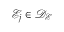
\mathcal { E } _ { j } \in \mathcal { D } _ { \mathcal { E } }